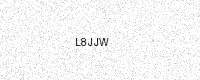
Text: L8JJW